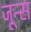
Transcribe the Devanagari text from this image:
जून्स